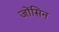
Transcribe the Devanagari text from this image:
जोंसिन